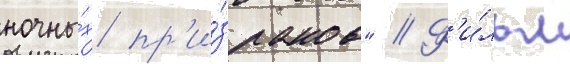
ночны́х пр'и́зраков" // Ф'и́льм